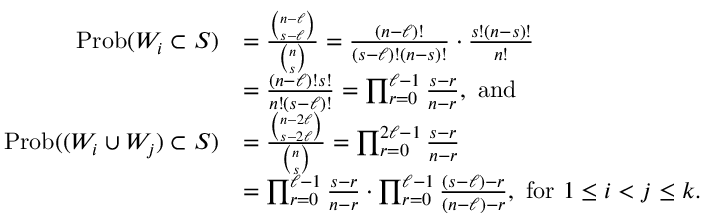
\begin{array} { r l } { \mathrm { P r o b } ( W _ { i } \subset S ) } & { = \frac { { \binom { n - \ell } { s - \ell } } } { { \binom { n } { s } } } = \frac { ( n - \ell ) ! } { ( s - \ell ) ! ( n - s ) ! } \cdot \frac { s ! ( n - s ) ! } { n ! } } \\ & { = \frac { ( n - \ell ) ! s ! } { n ! ( s - \ell ) ! } = \prod _ { r = 0 } ^ { \ell - 1 } \frac { s - r } { n - r } , \mathrm { ~ a n d ~ } } \\ { \mathrm { P r o b } ( ( W _ { i } \cup W _ { j } ) \subset S ) } & { = \frac { { \binom { n - 2 \ell } { s - 2 \ell } } } { { \binom { n } { s } } } = \prod _ { r = 0 } ^ { 2 \ell - 1 } \frac { s - r } { n - r } } \\ & { = \prod _ { r = 0 } ^ { \ell - 1 } \frac { s - r } { n - r } \cdot \prod _ { r = 0 } ^ { \ell - 1 } \frac { ( s - \ell ) - r } { ( n - \ell ) - r } , \mathrm { ~ f o r ~ } 1 \leq i < j \leq k . } \end{array}